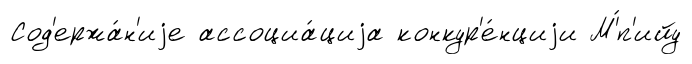
Сод'ержа́н'иjе ассоциа́циjа конкур'е́нциjи М'́п'ийу